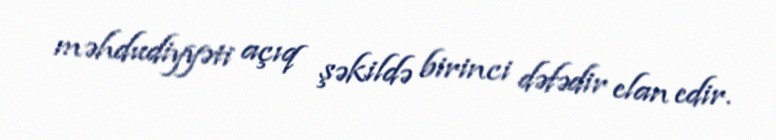
məhdudiyyəti açıq şəkildə birinci dəfədir elan edir.